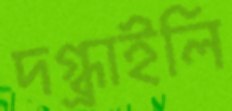
দগ্ধাইলি